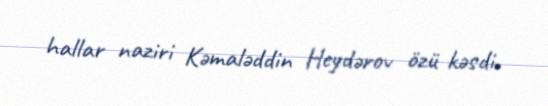
hallar naziri Kəmaləddin Heydərov özü kəsdi.